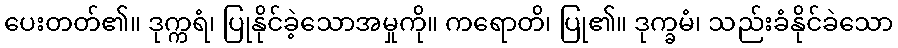
ပေးတတ်၏။ ဒုက္ကရံ၊ ပြုနိုင်ခဲ့သောအမှုကို။ ကရောတိ၊ ပြု၏။ ဒုက္ခမံ၊ သည်းခံနိုင်ခဲသော